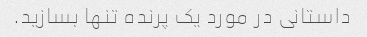
داستانی در مورد یک پرنده تنها بسازید.